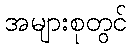
အများစုတွင်